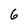
Character: 6